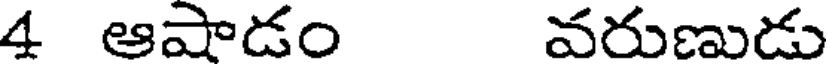
4 ఆషాడం వరుణుడు